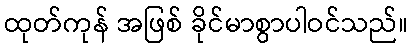
ထုတ်ကုန် အဖြစ် ခိုင်မာစွာပါဝင်သည်။